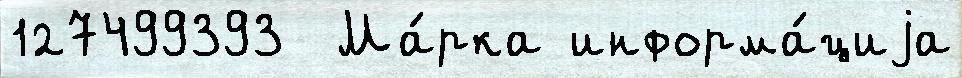
127499393  Ма́рка информа́циjа